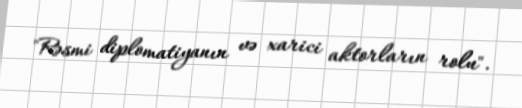
"Rəsmi diplomatiyanın və xarici aktorların rolu".